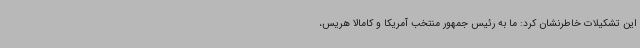
این تشکیلات خاطرنشان کرد: ما به رئیس جمهور منتخب آمریکا و کامالا هریس،